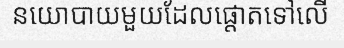
នយោបាយមួយដែលផ្តោតទៅលើ